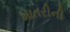
ખાતરીની